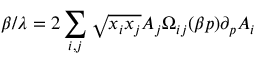
\beta / \lambda = 2 \sum _ { i , j } \sqrt { x _ { i } x _ { j } } A _ { j } \Omega _ { i j } ( \beta p ) \partial _ { p } A _ { i }